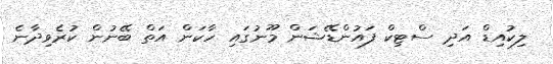
ލިކުއިޑް އަދި ސްޓިކް ފައުންޑޭޝަން މޫނުގައި ހާކަން އަތް ބޭނުން ކުރެވިދާނެ